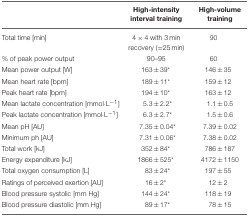
<table><thead><tr><td></td><td><b>High-intensity interval training</b></td><td><b>High-volume training</b></td></tr></thead><tbody><tr><td>Total time [min]</td><td>4 × 4 with 3 min recovery (=25 min)</td><td>90</td></tr><tr><td>% of peak power output</td><td>90–95</td><td>60</td></tr><tr><td>Mean power output [W]</td><td>163±39<sup>*</sup></td><td>146±35</td></tr><tr><td>Mean heart rate [bpm]</td><td>189±11<sup>*</sup></td><td>159±12</td></tr><tr><td>Peak heart rate [bpm]</td><td>194±10<sup>*</sup></td><td>163±12</td></tr><tr><td>Mean lactate concentration [mmol·L<sup>−1</sup>]</td><td>5.3±2.2<sup>*</sup></td><td>1.1±0.5</td></tr><tr><td>Peak lactate concentration [mmol·L<sup>−1</sup>]</td><td>6.3±2.7<sup>*</sup></td><td>1.5±0.6</td></tr><tr><td>Mean pH [AU]</td><td>7.35±0.04<sup>*</sup></td><td>7.39±0.02</td></tr><tr><td>Minimum ph [AU]</td><td>7.31±0.06<sup>*</sup></td><td>7.38±0.02</td></tr><tr><td>Total work [kJ]</td><td>352±84<sup>*</sup></td><td>786±187</td></tr><tr><td>Energy expenditure [kJ]</td><td>1866±525<sup>*</sup></td><td>4172±1150</td></tr><tr><td>Total oxygen consumption [L]</td><td>83±24<sup>*</sup></td><td>197±55</td></tr><tr><td>Ratings of perceived exertion [AU]</td><td>16±2<sup>*</sup></td><td>12±2</td></tr><tr><td>Blood pressure systolic [mm Hg]</td><td>144±24<sup>*</sup></td><td>118±19</td></tr><tr><td>Blood pressure diastolic [mm Hg]</td><td>89±17<sup>*</sup></td><td>78±15</td></tr></tbody></table>